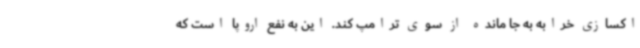
اکسازی خرابه به جا مانده از سوی ترامپ کند. این به نفع اروپا است که